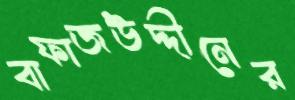
বাফাজউদ্দীনের